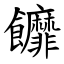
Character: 䭩